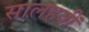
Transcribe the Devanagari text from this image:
सालहवीं